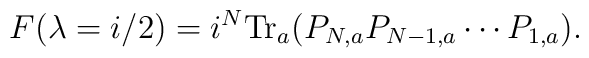
F(\lambda = i/2) = i^N {\rm Tr}_a (P_{N,a} P_{N-1,a} \cdots P_{1,a}).